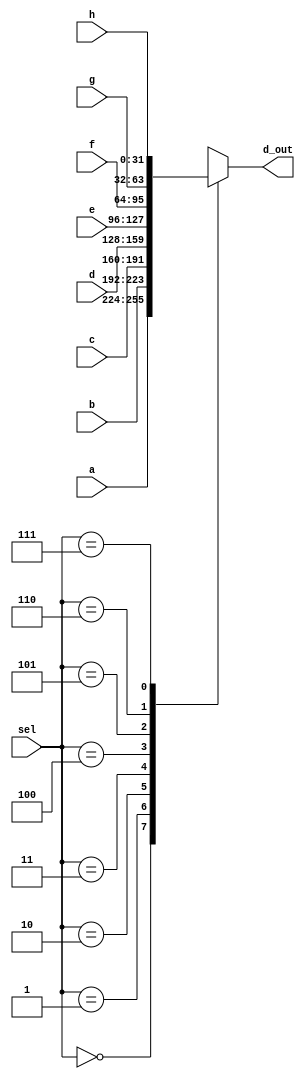
module _8_to_1_MUX(a,b,c,d,e,f,g,h,sel,d_out);//8 to 1 MUX
	input [31:0]a,b,c,d,e,f,g,h;//8 32bit inputs 
	input [2:0]sel;//3bit sel
	output reg[31:0]d_out;//32bit output reg
	
	always@(sel,a,b,c,d,e,f,g,h) begin//Assign appropriate output 
		case(sel)
			3'b000: d_out<=a;
			3'b001: d_out<=b;
			3'b010: d_out<=c;
			3'b011: d_out<=d;
			3'b100: d_out<=e;
			3'b101: d_out<=f;
			3'b110: d_out<=g;
			3'b111: d_out<=h;
			default:d_out=32'hx;//default
		endcase//endcase
	end
endmodule//endmodule